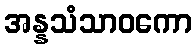
အန္နသံသာဝကော